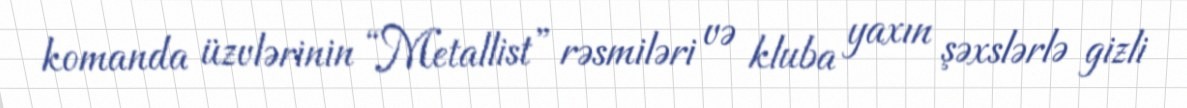
komanda üzvlərinin “Metallist” rəsmiləri və kluba yaxın şəxslərlə gizli